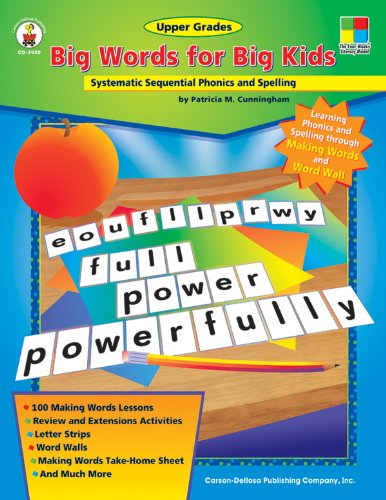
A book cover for Big Words for Big Kids: Systematic Sequential Phonics and Spelling; Patricia M. Cunningham; Teen & Young Adult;